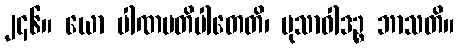
၂၄၆။ ယော ပါဏမတိပါတေတိ၊ မုသာဝါဒဉ္စ ဘာသတိ။